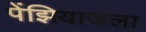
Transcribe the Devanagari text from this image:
पेंझियाजला